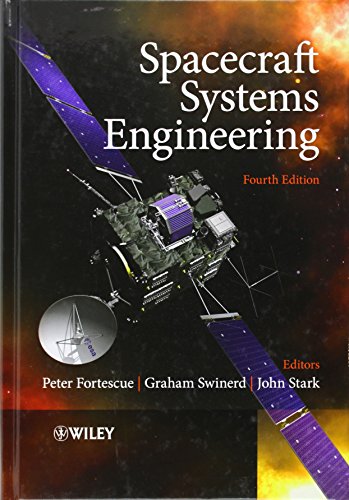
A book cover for Spacecraft Systems Engineering; Engineering & Transportation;